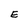
Character: E